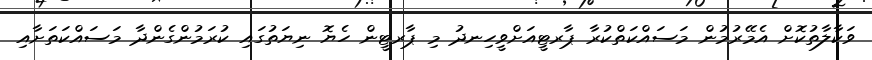
ވަކާލާތުކޮށް އެމޭރުމުން މަސައްކަތްކުރާ ޕާރޓީއަށްވީހިނދު މި ޕާރޓީން ހެޔޮ ނިޔަތުގައި ކުރަމުންގެންދާ މަސައްކަތަށާއި